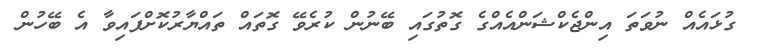
ގުޅައެއް ނުވަތަ އިންޖެކްޝަންއެއްގެ ގޮތުގައި ބޭނުން ކުރެވޭ ގޮތައް ތައްޔާރުކޮށްފައިވާ އެ ބޭހުން